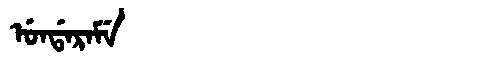
Manchu: ᡠᠨᡩᠠᡵᠠᠮᡝ
Romanization: UNDARAME